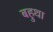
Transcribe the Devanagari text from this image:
बहुथा